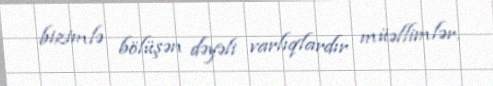
bizimlə bölüşən dəyəli varlıqlardır müəllimlər.